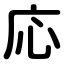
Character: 応